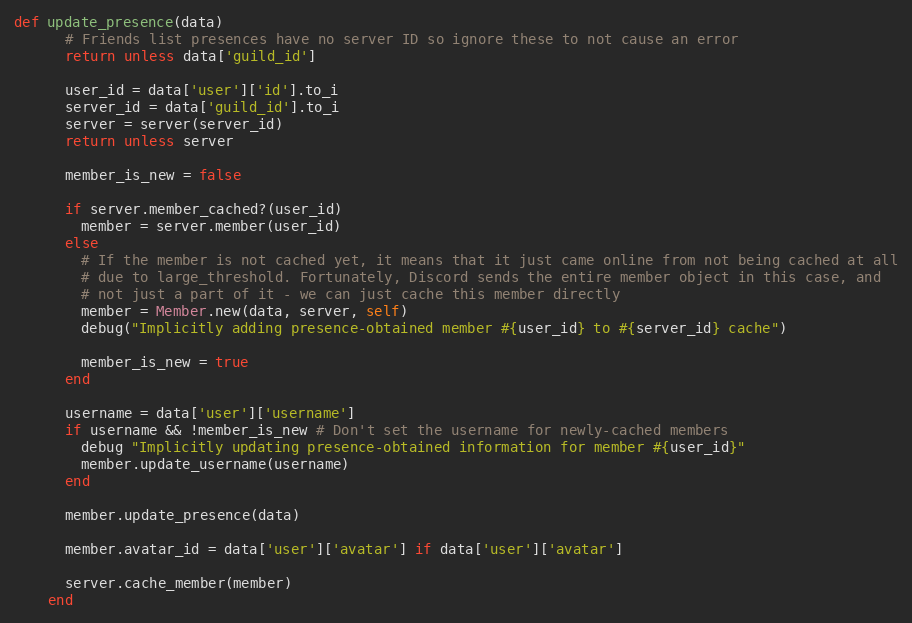
Language: Ruby
def update_presence(data)
      # Friends list presences have no server ID so ignore these to not cause an error
      return unless data['guild_id']

      user_id = data['user']['id'].to_i
      server_id = data['guild_id'].to_i
      server = server(server_id)
      return unless server

      member_is_new = false

      if server.member_cached?(user_id)
        member = server.member(user_id)
      else
        # If the member is not cached yet, it means that it just came online from not being cached at all
        # due to large_threshold. Fortunately, Discord sends the entire member object in this case, and
        # not just a part of it - we can just cache this member directly
        member = Member.new(data, server, self)
        debug("Implicitly adding presence-obtained member #{user_id} to #{server_id} cache")

        member_is_new = true
      end

      username = data['user']['username']
      if username && !member_is_new # Don't set the username for newly-cached members
        debug "Implicitly updating presence-obtained information for member #{user_id}"
        member.update_username(username)
      end

      member.update_presence(data)

      member.avatar_id = data['user']['avatar'] if data['user']['avatar']

      server.cache_member(member)
    end